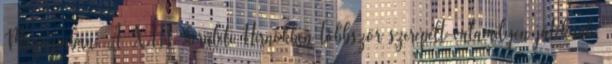
Magazinban. A XIII. kerületi Hírnökben többször szerepelt valamilyen játékunk,